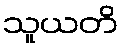
သူယတိ